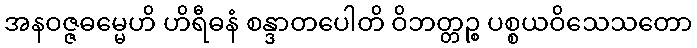
အနဝဇ္ဇဓမ္မေဟိ ဟိရီဓနံ စန္ဒာတပေါတိ ဝိဘတ္တဉ္စ ပစ္စယဝိသေသတော